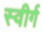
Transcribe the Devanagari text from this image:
स्वीर्ग